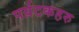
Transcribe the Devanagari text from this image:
पर्य़टकहरु